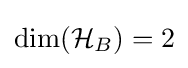
{\textrm {dim}}({\mathcal {H}}_{B})=2